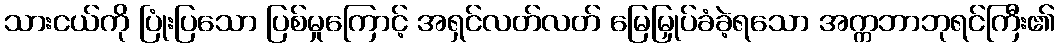
သားငယ်ကို ပြုံးပြသော ပြစ်မှုကြောင့် အရှင်လတ်လတ် မြေမြှုပ်ခံခဲ့ရသော အက္ကဘာဘုရင်ကြီး၏